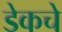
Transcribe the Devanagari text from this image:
डेकचे